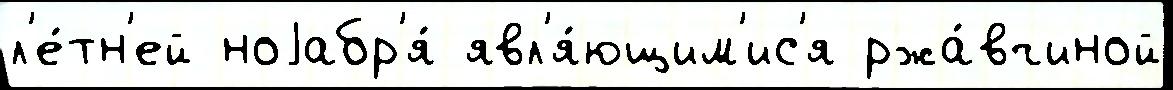
л'е́тн'ей ноjабр'я́ явл'я́ющим'ис'я ржа́вчиной